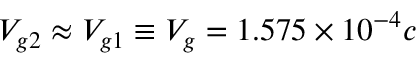
V _ { g 2 } \approx V _ { g 1 } \equiv V _ { g } = 1 . 5 7 5 \times 1 0 ^ { - 4 } c